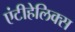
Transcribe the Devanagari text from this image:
एंटीहेलिक्स